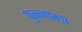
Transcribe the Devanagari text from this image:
पुन्नागा